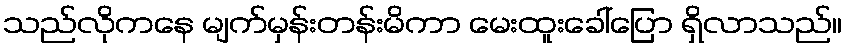
သည်လိုကနေ မျက်မှန်းတန်းမိကာ မေးထူးခေါ်ပြော ရှိလာသည်။